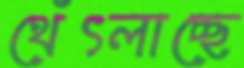
থেঁৎলাচ্ছে